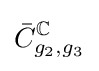
{\bar {C}}_{g_{2},g_{3}}^{\mathbb {C} }